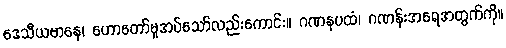
ဒေသီယမာနေ၊ ဟောတော်မူအပ်သော်လည်းကောင်း။ ဂဏနပထံ၊ ဂဏန်းအရေအတွက်ကို။